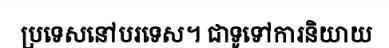
ប្រទេសនៅបរទេស។ ជាទូទៅការនិយាយ